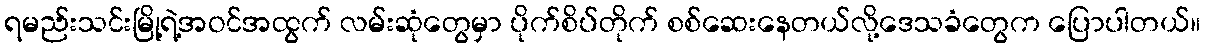
ရမည်းသင်းမြို့ရဲ့အဝင်အထွက် လမ်းဆုံတွေမှာ ပိုက်စိပ်တိုက် စစ်ဆေးနေတယ်လို့ဒေသခံတွေက ပြောပါတယ်။